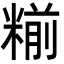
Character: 糋